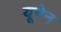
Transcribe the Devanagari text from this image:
यूमेन